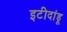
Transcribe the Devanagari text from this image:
इटीदांडू